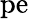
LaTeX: \mathrm{pe}